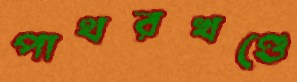
পাথরখণ্ডে